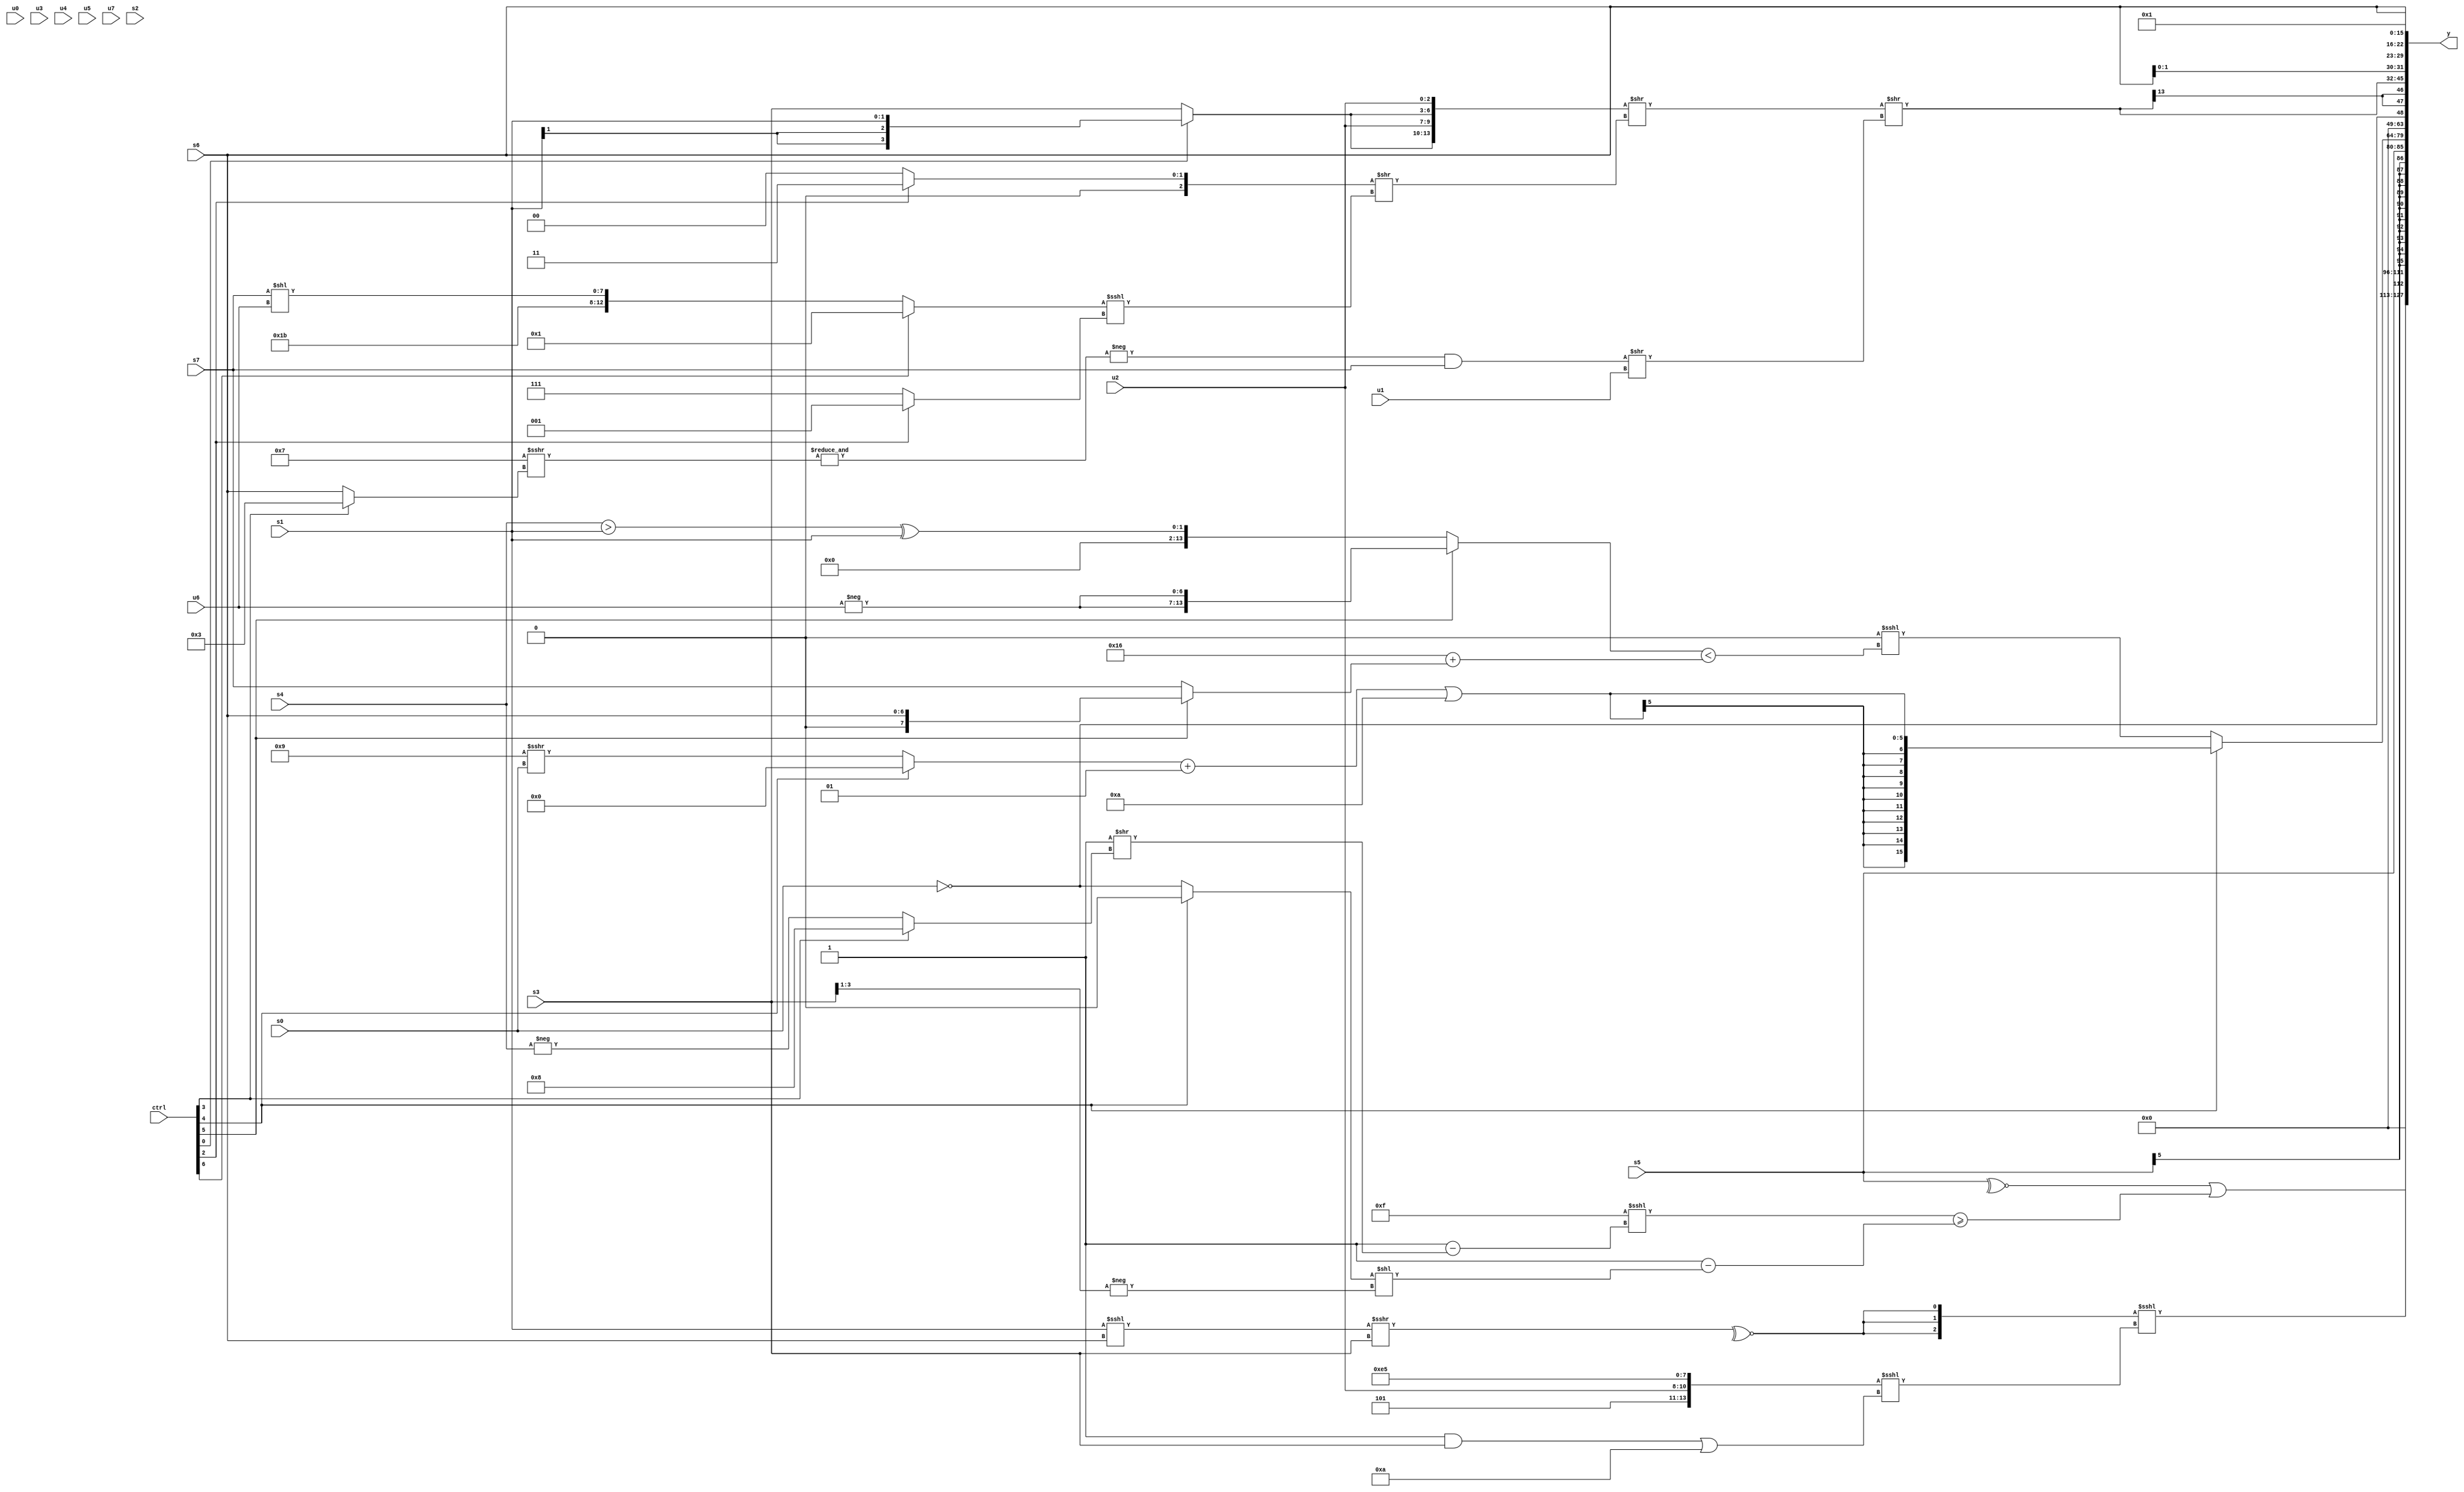
module wideexpr_00349(ctrl, u0, u1, u2, u3, u4, u5, u6, u7, s0, s1, s2, s3, s4, s5, s6, s7, y);
  input [7:0] ctrl;
  input [0:0] u0;
  input [1:0] u1;
  input [2:0] u2;
  input [3:0] u3;
  input [4:0] u4;
  input [5:0] u5;
  input [6:0] u6;
  input [7:0] u7;
  input signed [0:0] s0;
  input signed [1:0] s1;
  input signed [2:0] s2;
  input signed [3:0] s3;
  input signed [4:0] s4;
  input signed [5:0] s5;
  input signed [6:0] s6;
  input signed [7:0] s7;
  output [127:0] y;
  wire [15:0] y0;
  wire [15:0] y1;
  wire [15:0] y2;
  wire [15:0] y3;
  wire [15:0] y4;
  wire [15:0] y5;
  wire [15:0] y6;
  wire [15:0] y7;
  assign y = {y0,y1,y2,y3,y4,y5,y6,y7};
  assign y0 = (~^(s5))|((({4{$signed(!((4'sb0011)<<<(3'sb101)))}})<<<((3'sb111)-(((5'sb11000)+(4'sb0111))>>((ctrl[3]?(3'sb001)<<(2'sb11):-(s4))))))>=((3'b001)-(((ctrl[4]?$signed((4'sb0111)>>>(5'sb01110)):~&({1{s0}})))<<(-(((ctrl[0]?s3:s3))>>>(~^(4'sb1010)))))));
  assign y1 = ({3{~^(((s1)<<<(s6))>>>(s3))}})<<<($unsigned(({$signed(4'sb0101),{1{u2}},(5'sb01001)^(6'sb110000),2'sb01})<<<(((1'b1)&(s3))|((5'b01011)-(2'sb01)))));
  assign y2 = s5;
  assign y3 = (ctrl[4]?(($signed({1{(ctrl[4]?$signed(3'sb000):(5'sb11001)>>>(s0))}}))+(2'sb01))|(5'sb01010):(1'sb0)<<<(($signed((ctrl[5]?{2{-(u6)}}:((s4)>(s1))^((s1)>>>(1'sb0)))))<($signed((($unsigned(6'b010111))^(1'b1))+((ctrl[5]?$signed(s6):(ctrl[5]?1'b1:s7)))))));
  assign y4 = !(s0);
  assign y5 = $signed((({2{{(ctrl[0]?s1:s3),u2}}})>>(((ctrl[2]?(ctrl[2]?$signed(5'sb00011):$signed(s4)):3'sb000))>>(($signed((ctrl[6]?~^(4'sb1111):{4'sb1101,$signed(1'sb1),(s7)<<(u6)})))<<<($signed((ctrl[2]?+(1'sb1):3'b111))))))>>(((-(&((4'sb0111)>>>({1{(ctrl[3]?5'sb00011:s6)}}))))&(+(s7)))>>(u1)));
  assign y6 = {({((ctrl[5]?3'sb011:(ctrl[1]?s7:u0)))^({$signed(1'sb0),{s7,s4}})})>>(+(2'sb01)),2'b01,({1'sb1})+(5'sb01110),{3{s6}}};
  assign y7 = 2'sb01;
endmodule